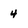
Character: 4